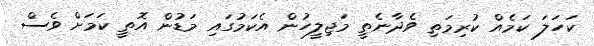
ކަހަލަ ކަމެއް ކުރިމަތި ވެދާނެތީ މަޖިލީހުން އެކަމުގައި މަޑުން އޮތީ ކަމަށް ވެސް